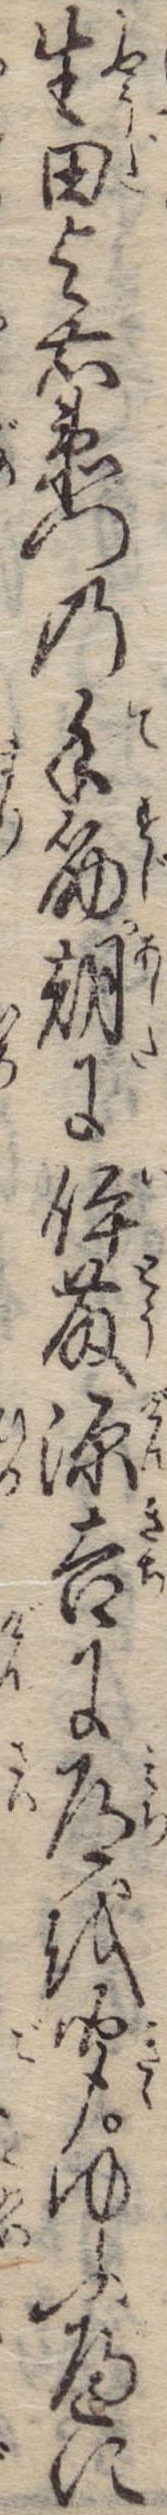
生田与右衛門の手筋朝に伊藤源吉に道を聞ゆふべに